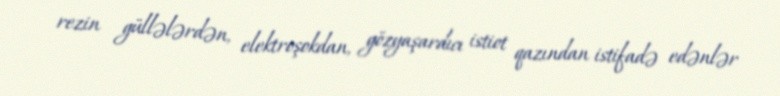
rezin güllələrdən, elektroşokdan, gözyaşardıcı istiot qazından istifadə edənlər